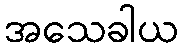
အသေခါယ